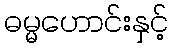
ဓမ္မဟောင်းနှင့်